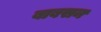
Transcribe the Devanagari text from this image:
बाबसन